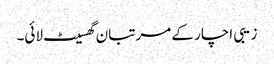
زیبی اچار کے مرتبان گھسیٹ لائی۔